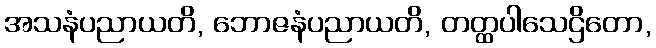
အသနံပညာယတိ, ဘောဇနံပညာယတိ, တတ္ထပါသေဌိတော,